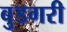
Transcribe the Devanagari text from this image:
बुडगरी